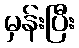
မှန်းပြီး